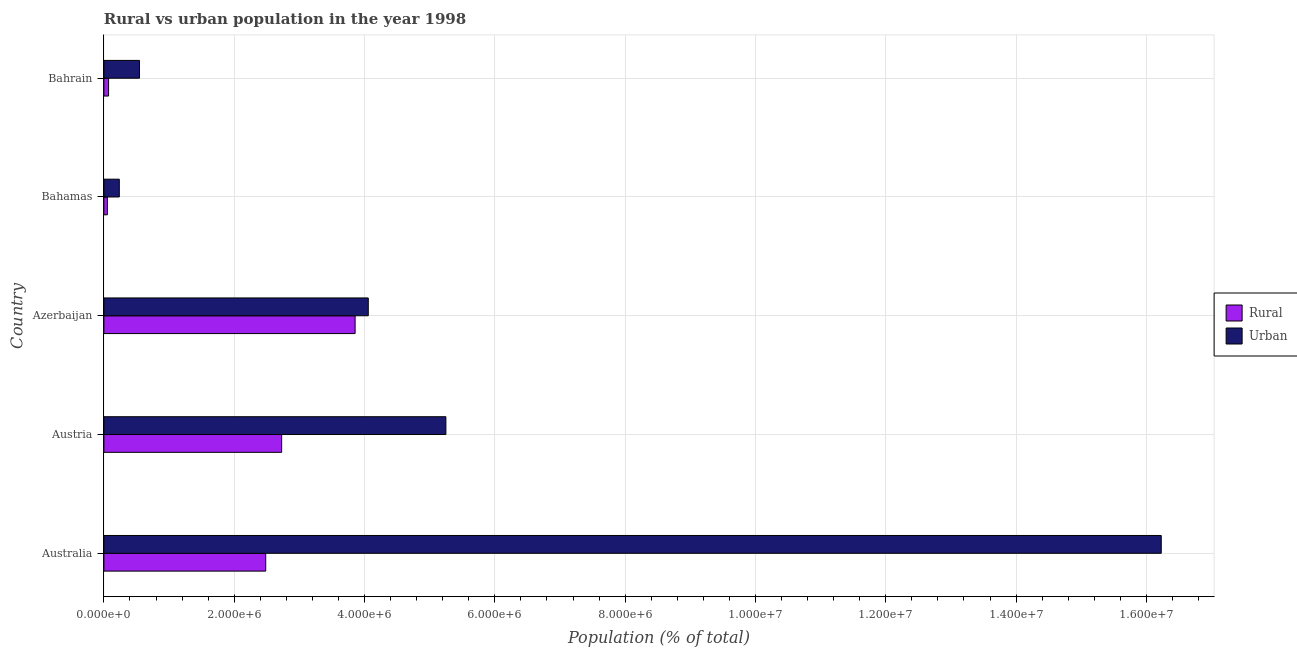
| Country | Rural | Urban |
 | --- | --- | --- |
 | Australia | 2.48e+06 | 1.62e+07 |
 | Austria | 2.73e+06 | 5.25e+06 |
 | Azerbaijan | 3.86e+06 | 4.06e+06 |
 | Bahamas | 5.33e+04 | 2.37e+05 |
 | Bahrain | 7.18e+04 | 5.46e+05 |